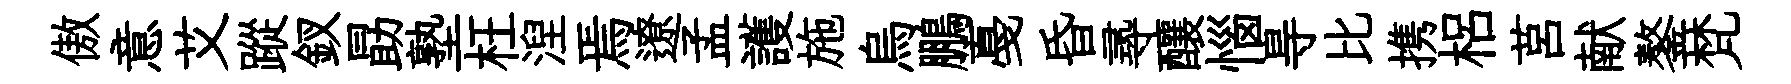
傲意艾蹤釵勗塾枉湼焉遼孟護施烏鵬戞昏𡬶釀惱㝵比携梠莒献鏊梵